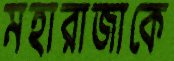
মহারাজাকে